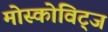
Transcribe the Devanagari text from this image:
मोस्कोविट्ज